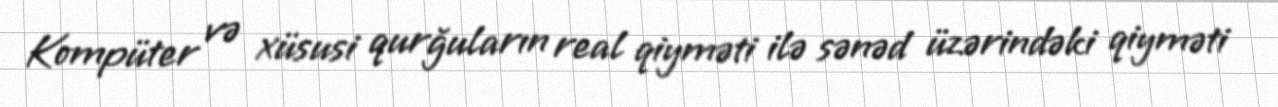
Kompüter və xüsusi qurğuların real qiyməti ilə sənəd üzərindəki qiyməti